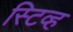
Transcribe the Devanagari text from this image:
स्टिव्ह